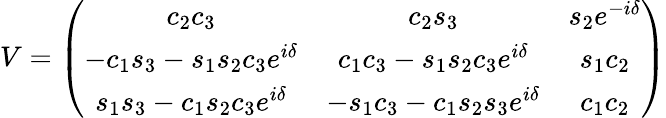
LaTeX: V=\left(\begin{array}{ccc}{{c_{2}c_{3}}}&{{c_{2}s_{3}}}&{{s_{2}e^{-i\delta}}}\\ {{-c_{1}s_{3}-s_{1}s_{2}c_{3}e^{i\delta}}}&{{c_{1}c_{3}-s_{1}s_{2}c_{3}e^{i\delta}}}&{{s_{1}c_{2}}}\\ {{s_{1}s_{3}-c_{1}s_{2}c_{3}e^{i\delta}}}&{{-s_{1}c_{3}-c_{1}s_{2}s_{3}e^{i\delta}}}&{{c_{1}c_{2}}}\end{array}\right)